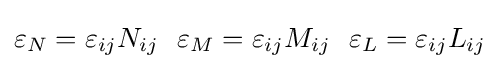
\varepsilon _{N}=\varepsilon _{ij}N_{ij}~~\varepsilon _{M}=\varepsilon _{ij}M_{ij}~~\varepsilon _{L}=\varepsilon _{ij}L_{ij}